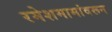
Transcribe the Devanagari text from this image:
रमेशमामांवरून